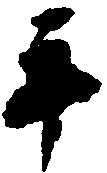
手